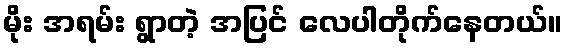
မိုး အရမ်း ရွာတဲ့ အပြင် လေပါတိုက်နေတယ်။